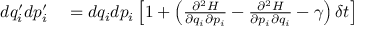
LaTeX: \begin{array} { r l } { d q _ { i } ^ { \prime } d p _ { i } ^ { \prime } } & { { } = d q _ { i } d p _ { i } \left[ 1 + \left( { \frac { \partial ^ { 2 } H } { \partial q _ { i } \partial p _ { i } } } - { \frac { \partial ^ { 2 } H } { \partial p _ { i } \partial q _ { i } } } - \gamma \right) \delta t \right] } \end{array}